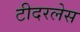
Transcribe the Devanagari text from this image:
टीदरलेस